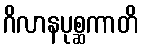
ဂိလာနပုစ္ဆကာတိ